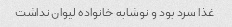
غذا سرد بود و نوشابه خانواده لیوان نداشت